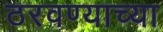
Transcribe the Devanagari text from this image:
ठरवण्याच्या